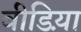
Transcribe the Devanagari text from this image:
वीडिय़ा